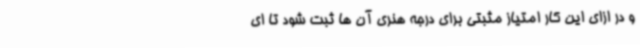
و در ازای این کار امتیاز مثبتی برای درجه هنری آن ها ثبت شود تا ای